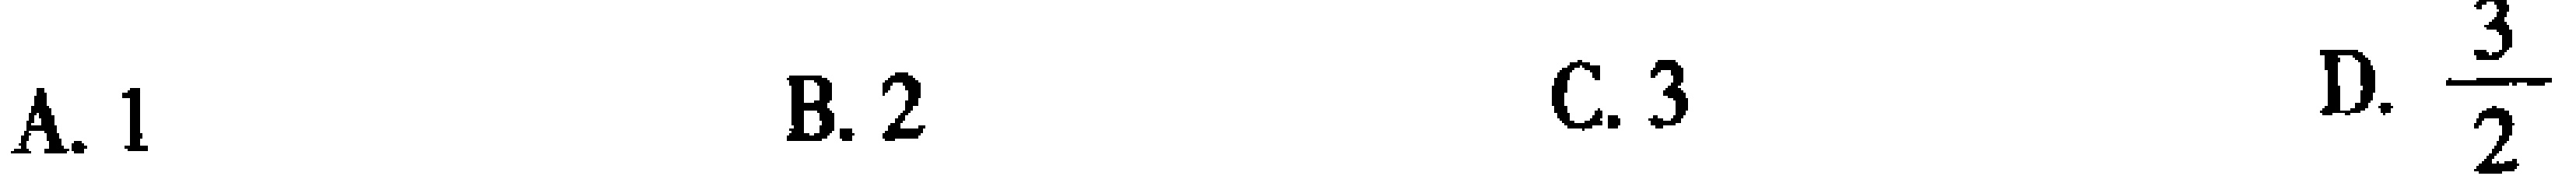
A. 1 \quad B. 2 \quad C. 3 \quad D. \frac{3}{2}